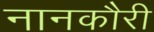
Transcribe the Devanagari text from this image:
नानकौरी